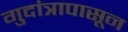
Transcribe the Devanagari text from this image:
गुदांत्रापासून